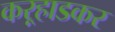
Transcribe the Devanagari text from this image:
कऱ्हाडकर